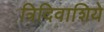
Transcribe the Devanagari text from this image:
त्रिदिवाशिये